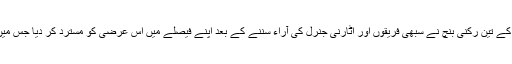
منگل کی صبح چیف جسٹس ایس ایچ کپاڈیا کی سربراہی میں عدالت عظمیٰ کے تین رکنی بنچ نے سبھی فریقوں اور اٹارنی جنرل کی آراء سننے کے بعد اپنے فیصلے میں اس عرضی کو مسترد کر دیا جس میں الہ آباد ہائی کورٹ کے فیصلے کو موخر کرنے کی استدعا کی گئی تھی۔